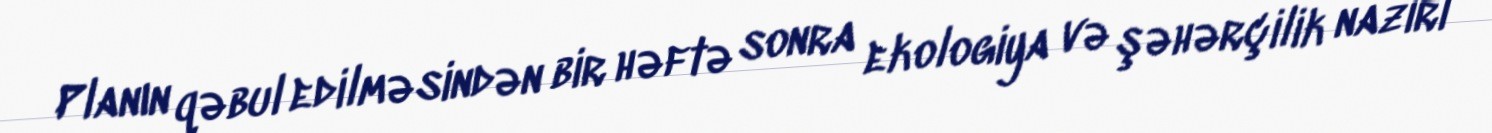
Planın qəbul edilməsindən bir həftə sonra ekologiya və şəhərçilik naziri